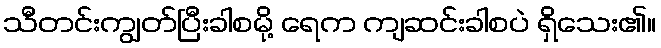
သီတင်းကျွတ်ပြီးခါစမို့ ရေက ကျဆင်းခါစပဲ ရှိသေး၏။